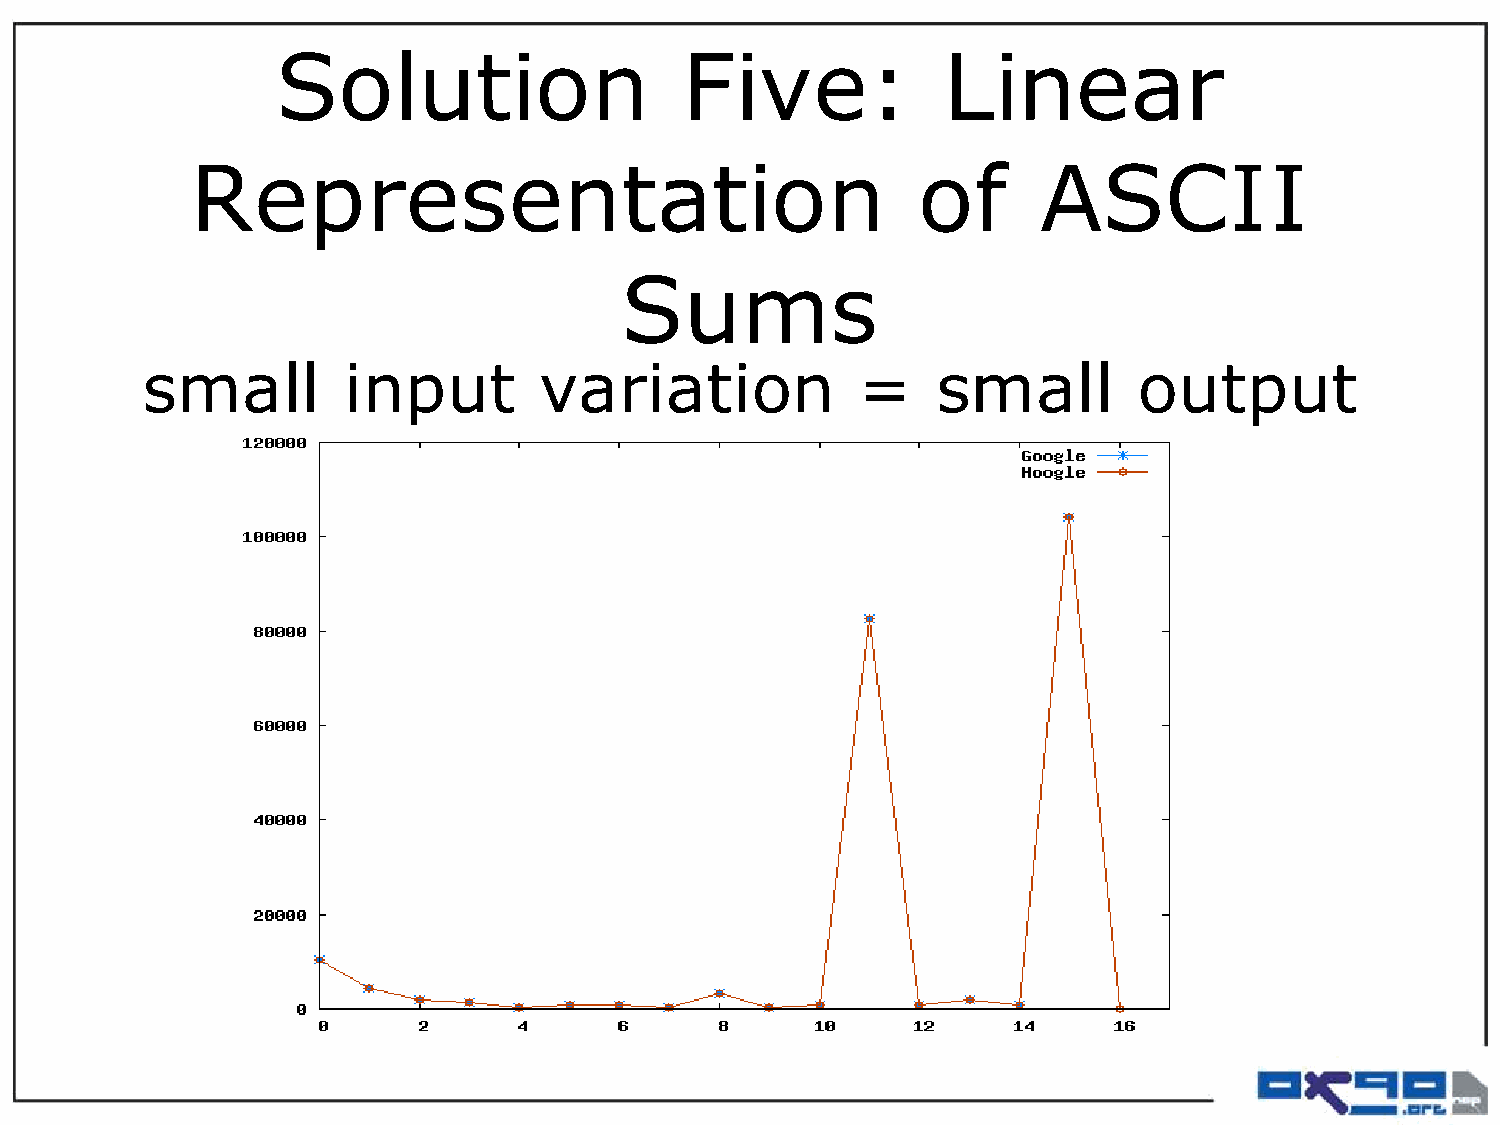
Solution                   Five:            Linear
 Representation                                  of      ASCII
 Sums
 small         input        variation            =    small        output
 variation